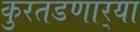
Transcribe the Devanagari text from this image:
कुरतडणार्‍या